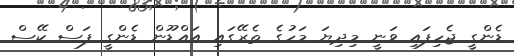
ޑެންގީ ޖެހިފައި ވަނީ މިދިޔަ މަހުގެ ތެރޭގައި އައްޑޫން ޑެންގީ ފަސް ކޭސް